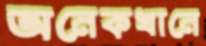
অনেকখানে